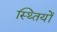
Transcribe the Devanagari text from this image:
स्थ्तियों